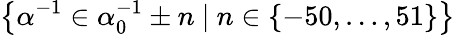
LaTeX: \left\lbrace\alpha^{-1}\in\alpha_{0}^{-1}\pm n\ |\ n\in\left\lbrace-50,\ldots,51\right\rbrace\right\rbrace